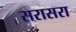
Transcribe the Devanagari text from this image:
सरासरा